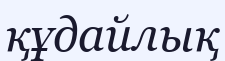
құдайлық